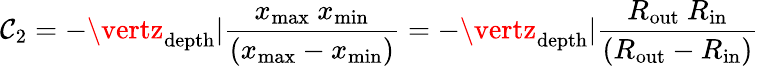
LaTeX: \mathcal{C}_{2}=-\vertz_{\mathrm{{depth}}}\vert\frac{{x_{\mathrm{{max}}}\ x_{\mathrm{{min}}}}}{{\left(x_{\mathrm{{max}}}-x_{\mathrm{{min}}}\right)}}=-\vertz_{\mathrm{{depth}}}\vert\frac{{R_{\mathrm{{out}}}\ R_{\mathrm{{in}}}}}{{\left(R_{\mathrm{{out}}}-R_{\mathrm{{in}}}\right)}}